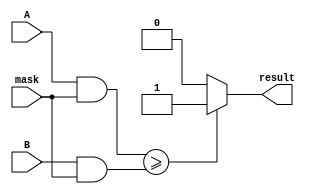
module Masked_comparator (
    input [31:0] A,
    input [31:0] B,
    input [31:0] mask,
    output reg result
);

// Perform bitwise logical AND operation between masked bits of A and B
wire [31:0] masked_A;
wire [31:0] masked_B;

assign masked_A = A & mask;
assign masked_B = B & mask;

// Check if the result is greater than or equal to zero
always @* begin
    if (masked_A >= masked_B) begin
        result = 1'b1; // A is greater than or equal to B with respect to masked bits
    end else begin
        result = 1'b0; // A is not greater than or equal to B with respect to masked bits
    end
end

endmodule